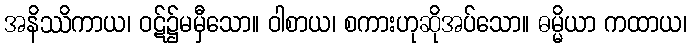
အနိဿိကာယ၊ ဝဋ်၌မမှီသော။ ဝါစာယ၊ စကားဟုဆိုအပ်သော။ ဓမ္မိယာ ကထာယ၊